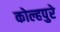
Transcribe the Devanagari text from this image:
कोल्हपुरे